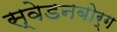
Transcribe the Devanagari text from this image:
स्वेडनबोर्ग